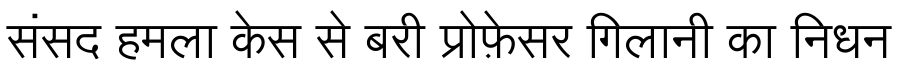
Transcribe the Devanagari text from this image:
संसद हमला केस से बरी प्रोफ़ेसर गिलानी का निधन